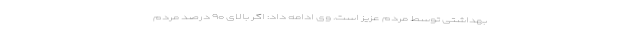
بهداشتی توسط مردم عزیز است. وی ادامه داد: اگر بالای ۹۰ درصد مردم